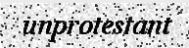
unprotestant